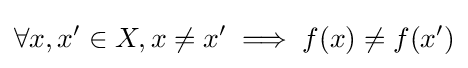
\forall x,x'\in X,x\neq x'\implies f(x)\neq f(x')